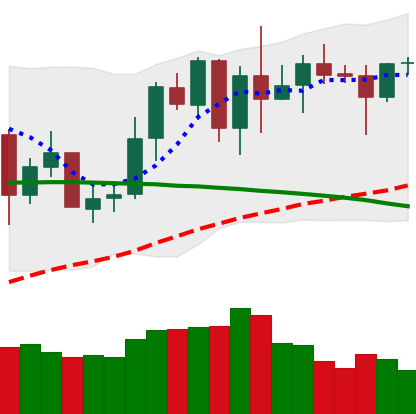
Ticker: XMR-USD
Chart end date: 2020-06-09
Forward return: -3.723%
Label: down_3_5